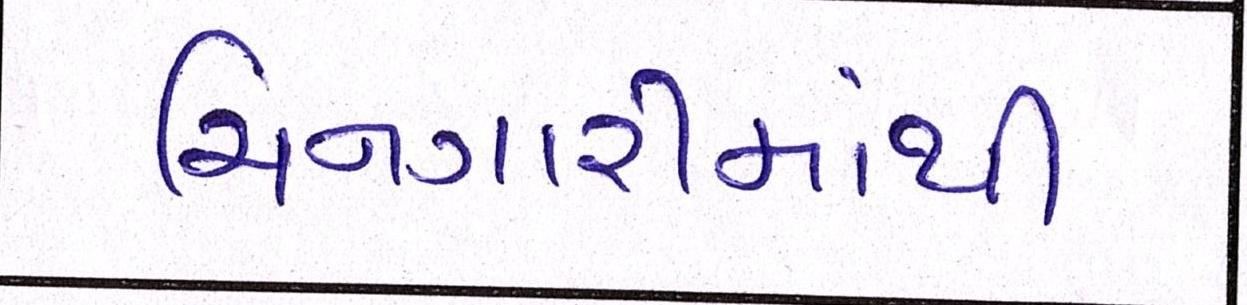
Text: ચિનગારીમાંથી